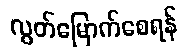
လွတ်မြောက်စေရန်